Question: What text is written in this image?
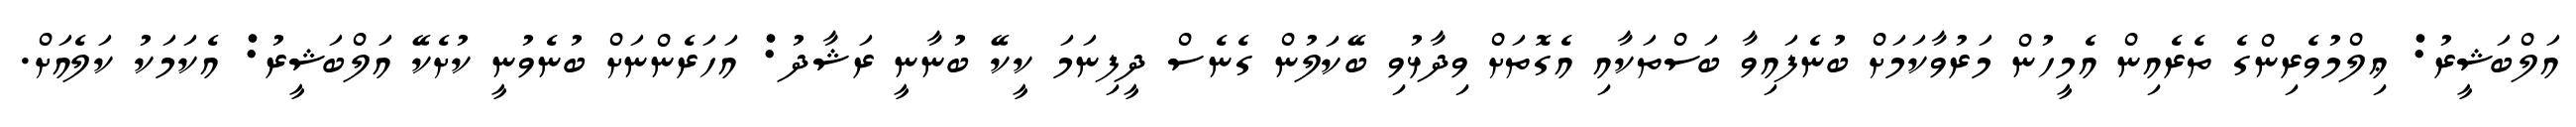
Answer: އަލްބަޝީރު: ޢިލްމުވެރިންގެ ތެރެއިން އެމީހުން މަރުވާކަމަށް ބުނެފައިވާ ބަސްތަކާއި އެގޮތަށް ވިދާޅުވި ބޭކަލުން ގެނެސް ދީފިނަމަ ކީކޭ ބުނާނީ ރަޝާދު: އަހަރެންނަށް ބުނެވުނީ ކުށެކޭ އަލްބަޝީރު: އެކަމަކު ކަލެއަށް.